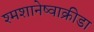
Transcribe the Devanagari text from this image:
श्मशानेष्वाक्रीडा